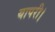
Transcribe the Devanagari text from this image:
यापरी।